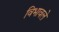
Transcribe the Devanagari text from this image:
विभावले